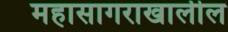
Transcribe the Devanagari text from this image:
महासागराखालील